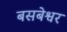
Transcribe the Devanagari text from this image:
बसबेश्वर